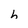
Character: h